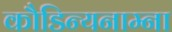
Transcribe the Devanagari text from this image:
कौडिन्यनाम्ना